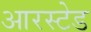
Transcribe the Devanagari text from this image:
आरस्टेड